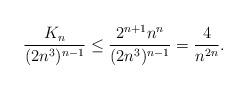
LaTeX: \begin{align*} \frac{K_n}{(2n^3)^{n-1}} \le \frac{2^{n+1}n^n}{(2n^3)^{n-1}} = \frac{4}{n^{2n}}. \end{align*}